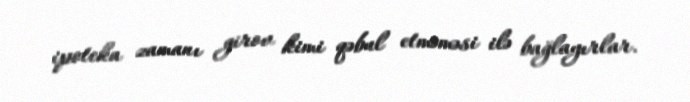
ipoteka zamanı girov kimi qəbul etməməsi ilə bağlayırlar.